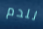
للدم